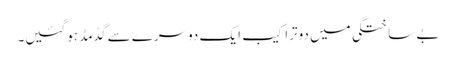
بے ساختگی میں دوتراکیب ایک دوسرے سے گڈمڈ ہوگئیں۔